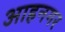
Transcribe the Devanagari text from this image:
आहनगर